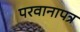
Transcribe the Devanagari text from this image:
परवानापत्र